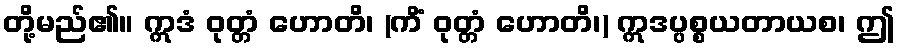
တို့မည်၏။ ဣဒံ ဝုတ္တံ ဟောတိ၊ (ကိံ ဝုတ္တံ ဟောတိ၊) ဣဒပ္ပစ္စယတာယစ၊ ဤ